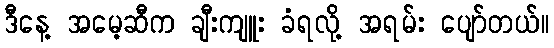
ဒီနေ့ အမေ့ဆီက ချီးကျူး ခံရလို့ အရမ်း ပျော်တယ်။